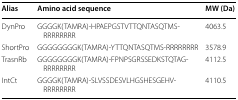
| Alias | Amino acid sequence | MW (Da) |
 | --- | --- | --- |
 | DynPro | GGGGK(TAMRA)-HPAEPGSTVTTQNTASQTMS-RRRRRRRR | 4063.5 |
 | ShortPro | GGGGGGGGK(TAMRA)-YTTQNTASQTMS-RRRRRRRR | 3578.9 |
 | TrasnRb | GGGGGGGGK(TAMRA)-FPNPSGRSSEDKSTQTAG-RRRRRRRR | 4112.5 |
 | IntCt | GGGGK(TAMRA)-SLVSSDESVLHGSHESGEHV-RRRRRRRR | 4110.5 |